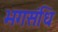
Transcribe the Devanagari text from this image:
भगसंधि